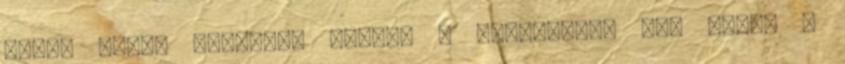
lessz majd, nyugodt, hideg; A nagyratörö fej urát, S